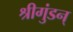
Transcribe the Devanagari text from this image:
श्रीगुंडन्